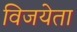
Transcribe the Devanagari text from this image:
विजयेता